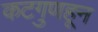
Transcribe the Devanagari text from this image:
कटगुणहून